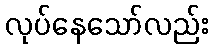
လုပ်နေသော်လည်း